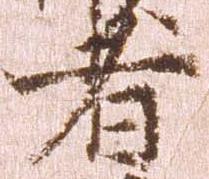
者